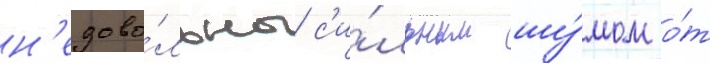
н'едово́льны с'и́льным шу́мом о́т